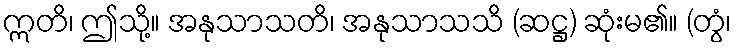
ဣတိ၊ ဤသို့။ အနုသာသတိ၊ အနုသာသသိ (ဆဋ္ဌ) ဆုံးမ၏။ (တွံ၊